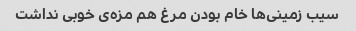
سیب زمینی‌ها خام بودن مرغ هم مزه‌ی خوبی نداشت